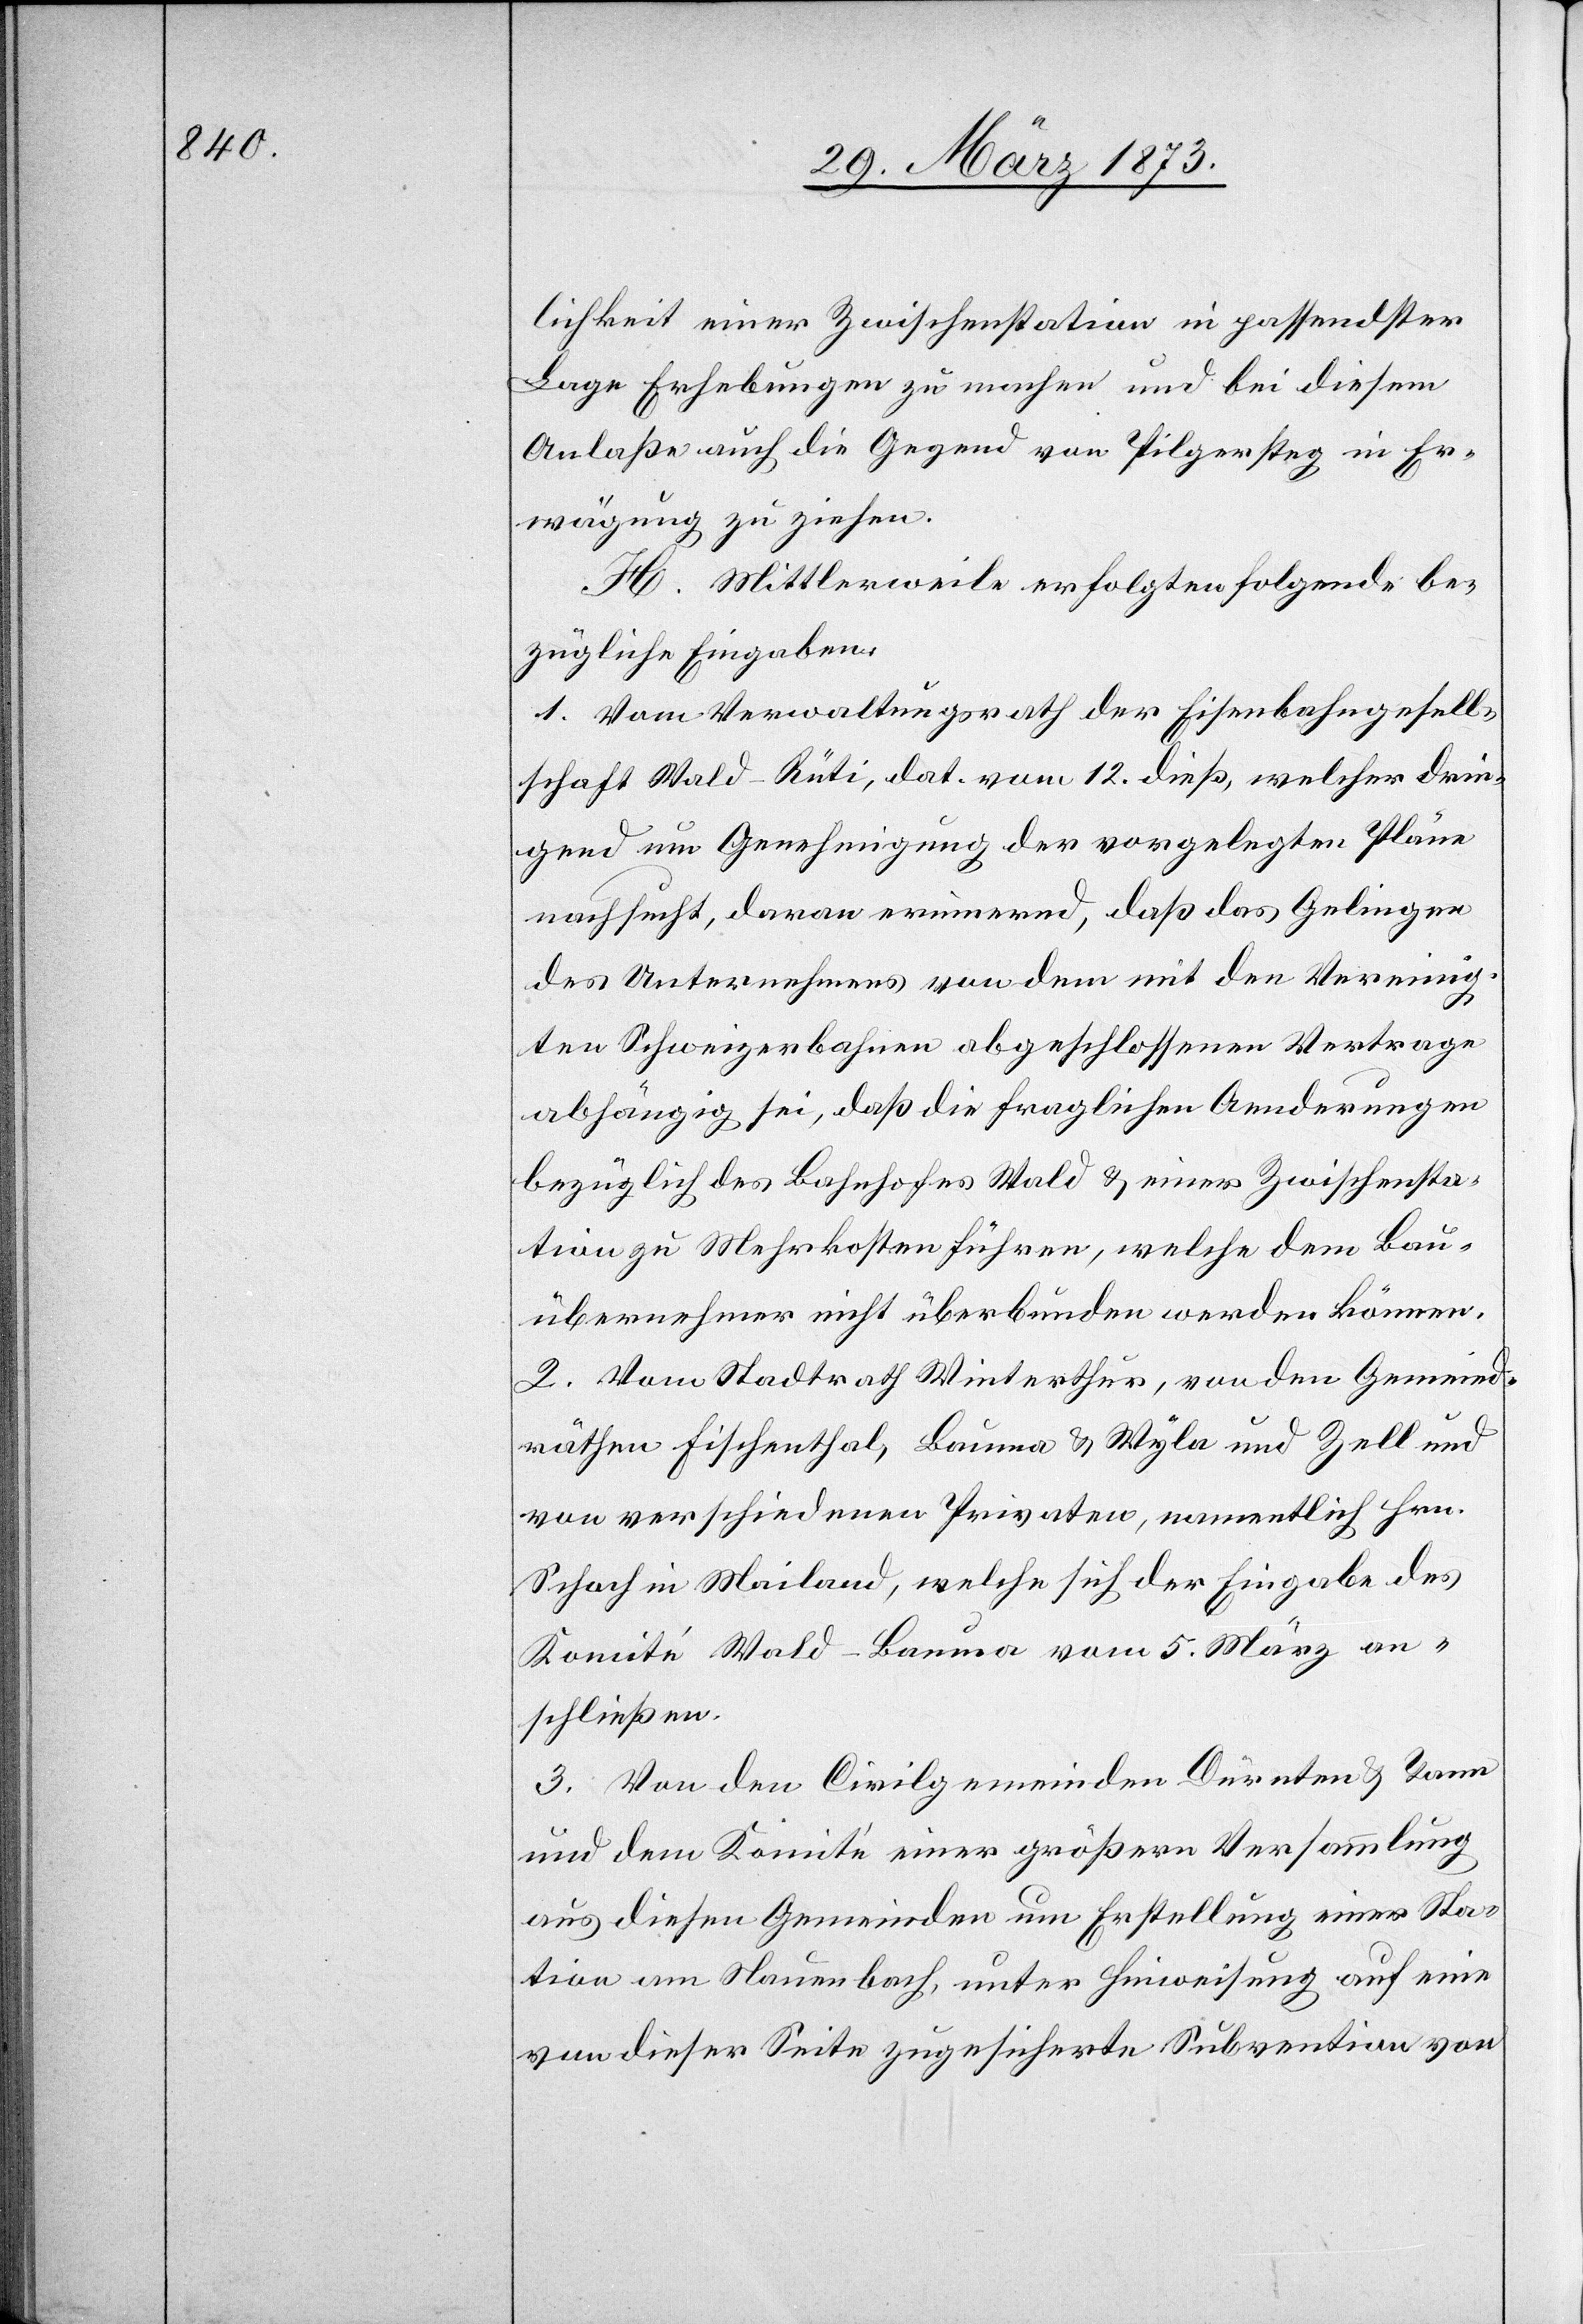
lichkeit einer Zwischenstation in passendster
Lage Erhebungen zu machen und bei diesem
Anlaße auch die Gegend von Pilgersteg in Er¬
wägung zu ziehen.
H. Mittlerweile erfolgten folgende be¬
zügliche Eingaben:
1. Vom Verwaltungsrath der Eisenbahngesell¬
schaft Wald–Rüti, dat. vom 12. dieß, welcher drin¬
gend um Genehmigung der vorgelegten Pläne
nachsucht, daran erinnernd, daß das Gelingen
des Unternehmens von dem mit den Vereinig¬
ten Schweizerbahnen abgeschlossenen Vertrage
abhängig sei, daß die fraglichen Aenderungen
bezüglich des Bahnhofes Wald u. einer Zwischensta¬
tion zu Mehrkosten führen, welche dem Bau¬
übernehmer nicht überbunden werden können.
2. Vom Stadtrath Winterthur, von den Gemeind¬
räthen Fischenthal, Bauma u. Wyla und Zell und
von verschiedenen Privaten, namentlich Hrn.
Schoch in Mailand, welche sich der Eingabe des
Komité Wald–Bauma vom 5. März an¬
schließen.
3. Von den Civilgemeinden Dürnten u. Tann
und dem Komité einer größern Versammlung
von dieser Seite zugesicherte Subvention von